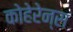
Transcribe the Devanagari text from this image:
कोहेरेन्स